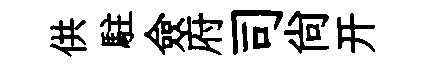
供駐僉府司尚开